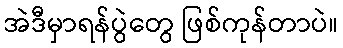
အဲဒီမှာရန်ပွဲတွေ ဖြစ်ကုန်တာပဲ။